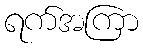
ရက်အကြာ